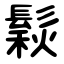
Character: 鬏